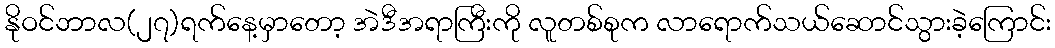
နိုဝင်ဘာလ(၂၇)ရက်နေ့မှာတော့ အဲဒီအရာကြီးကို လူတစ်စုက လာရောက်သယ်ဆောင်သွားခဲ့ကြောင်း